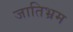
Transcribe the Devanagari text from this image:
जातिभ्रम